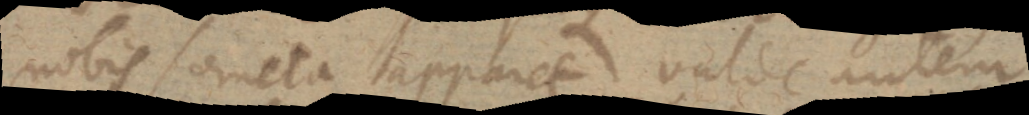
nobis Cometa apparet valde autem